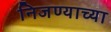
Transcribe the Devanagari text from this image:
निजण्याच्या